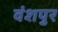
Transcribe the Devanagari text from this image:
वंशपुर